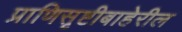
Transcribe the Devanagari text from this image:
प्राणिसृष्टीबाहेरील